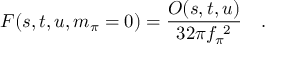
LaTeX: F ( s , t , u , m _ { \pi } = 0 ) = \frac { { \cal O } ( s , t , u ) } { 3 2 \pi f _ { \pi } ^ { \ 2 } } \quad .